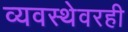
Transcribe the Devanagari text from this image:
व्यवस्थेवरही